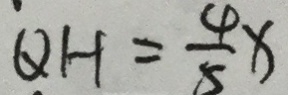
Q H = \frac { 4 } { 5 } x